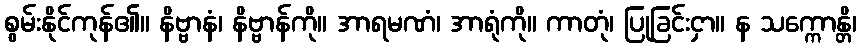
စွမ်းနိုင်ကုန်၏။ နိဗ္ဗာနံ၊ နိဗ္ဗာန်ကို။ အာရမဏံ၊ အာရုံကို။ ကာတုံ၊ ပြုခြင်းငှာ။ န သက္ကောန္တိ၊